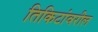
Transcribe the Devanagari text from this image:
तिकिटांवरील